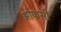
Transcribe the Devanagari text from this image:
ओफसी